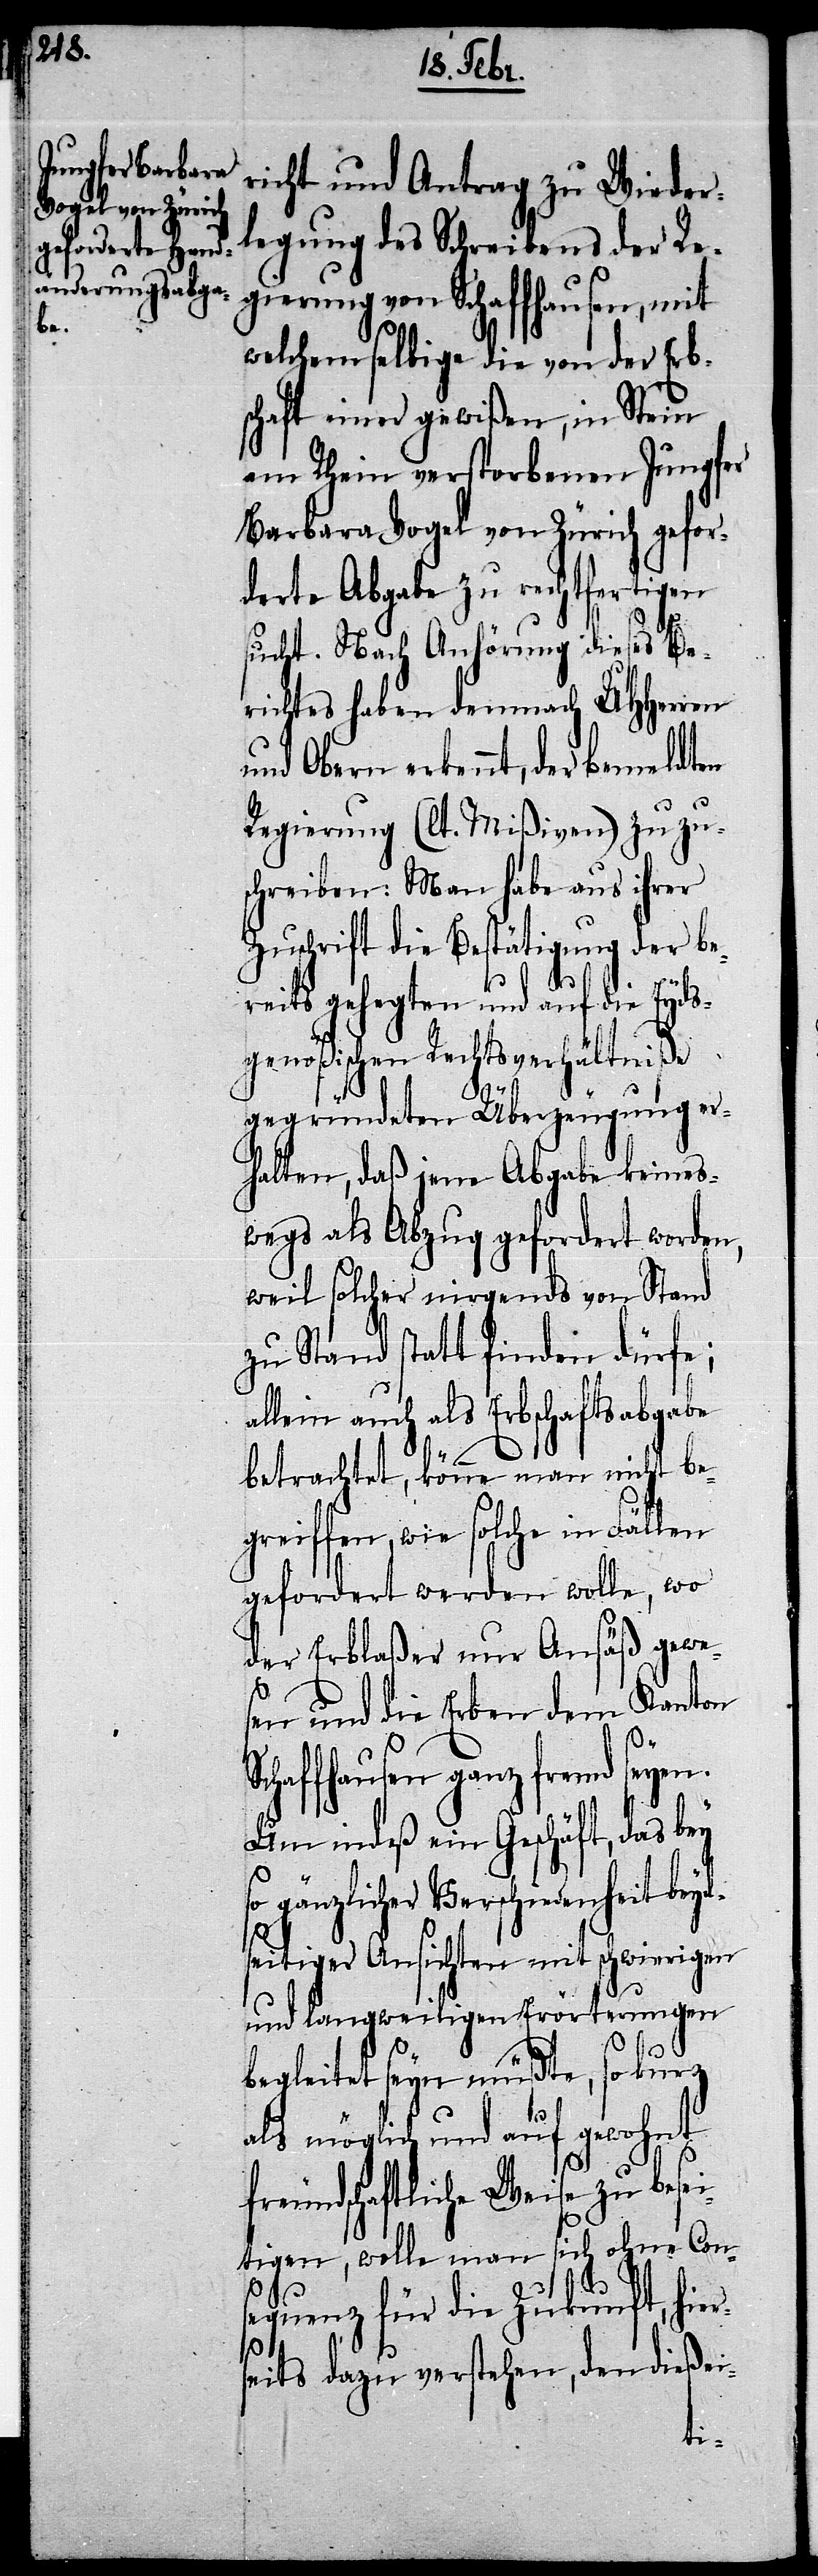
be¬

richt und Antrag zu Wieder¬
legung des Schreibens der Re¬
gierung von Schaffhausen, mit
welchem selbige die von der Erb¬
schaft einer gewißen, in Stein
am Rhein verstorbenen Jungfer
Barbara Vogel von Zürich gefor¬
derte Abgabe zu rechtfertigen
sucht. Nach Anhörung dieses Be¬
richtes haben demnach UHHerren
und Obern erkennt, der bemeldten
Regierung (lt. Mißiven) zuzus¬
chreiben: Man habe aus ihrer
schrift die Bestätigung der
reits gehegten und auf die Eyds¬
genößischen Rechtsverhältniße
gegründeten Überzeugung er¬
halten, daß jene Abgabe keines¬
wegs als Abzug gefordert worden,
weil solcher nirgends von Stand
zu Stand statt finden dürfe;
allein auch als Erbschaftsabgabe
betrachtet, könne man nicht be¬
greiffen, wie solche in Fällen
gefordert werden wolle, wo
der Erblaßer nur Ansäß gewe¬
sen und die Erben dem Kanton
Schaffhausen ganz fremd seyen.
Um indeß ein Geschäft, das bey
so gänzlicher Verschiedenheit beyd¬
seitiger Ansichten mit schwierigen
und langweiligen Erörterungen
begleitet seyn müßte, so kurz
als möglich und auf gewohnt
freundschaftliche Weise zu bese¬
itigen, wolle man sich ohne Cons¬
equenz für die Zukunft, hier¬
seits dazu verstehen, den dießei-
Zu¬